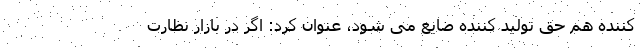
کننده هم حق تولید کننده ضایع می شود، عنوان کرد: اگر در بازار نظارت